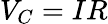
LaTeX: V_{C}=IR